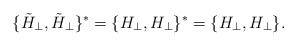
\begin{align*}\{ \tilde{H}_{\perp}, \tilde{H}_{\perp}\}^* = \{H_{\perp}, H_{\perp}\}^* =\{H_{\perp}, H_{\perp}\}.\end{align*}